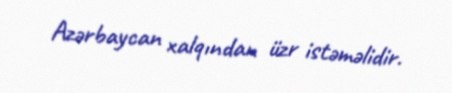
Azərbaycan xalqından üzr istəməlidir.